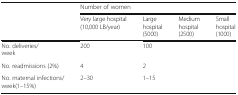
<table><thead><tr><td rowspan="2">[EMPTY_CELL]</td><td colspan="4"><b>Number of women</b></td></tr><tr><td><b>Very large hospital (10,000 LB/year)</b></td><td><b>Large hospital (5000)</b></td><td><b>Medium hospital (2500)</b></td><td><b>Small hospital (1000)</b></td></tr></thead><tbody><tr><td>No. deliveries/week</td><td>200</td><td>100</td><td>[EMPTY_CELL]</td><td>[EMPTY_CELL]</td></tr><tr><td>No. readmissions (2%)</td><td>4</td><td>2</td><td>[EMPTY_CELL]</td><td>[EMPTY_CELL]</td></tr><tr><td>No. maternal infections/week(1–15%)</td><td>2–30</td><td>1–15</td><td>[EMPTY_CELL]</td><td>[EMPTY_CELL]</td></tr></tbody></table>